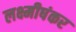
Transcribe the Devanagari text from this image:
लक्ष्मीषंकर